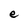
Character: e